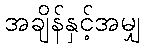
အချိန်နှင့်အမျှ